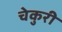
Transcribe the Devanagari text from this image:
चेकुरी